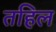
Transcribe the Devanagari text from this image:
तहिल